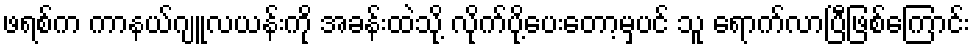
ဖရစ်က ကာနယ်ဂျူလယန်းကို အခန်းထဲသို့ လိုက်ပို့ပေးတော့မှပင် သူ ရောက်လာပြီဖြစ်ကြောင်း